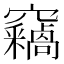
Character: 𫁝